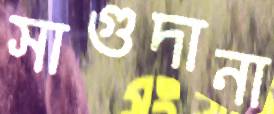
সাগুদানা